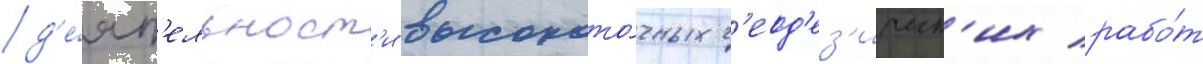
д'е́ят'ельност'и высокото́чных г'еод'ез'ическ'их рабо́т